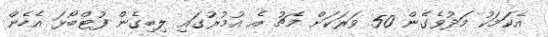
އެކަމަކު މަދުވެގެން 50 ވަރަކަށް މެޗު އެ އުމުރުގައި ލިބިގެން ފުޓްބޯޅަ އެހެން